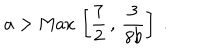
{ { a } } > \mathrm { M a x } \, \left[ { \frac { 7 } { 2 } } \, , \, { \frac { 3 } { 8 { { b } } } } \right] \ .